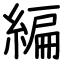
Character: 編